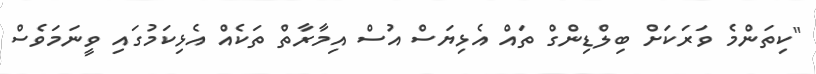
"ކިތަންމެ ވަރަކަށް ބިލްޑިންގް ތައް އެޅިޔަސް އުސް އިމާރާތް ތަކެއް އެޅިކަމުގައި ވީނަމަވެސް